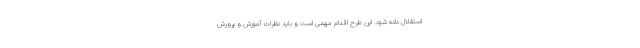
استقلال داده شود. این طرح اقدام مهمی است و باید نظرات آموزش و پرورش